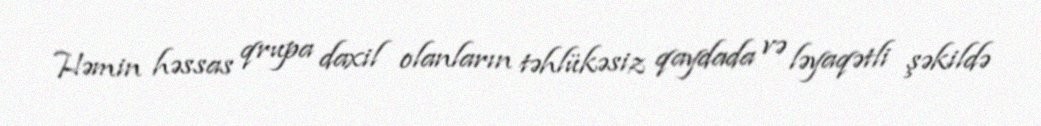
Həmin həssas qrupa daxil olanların təhlükəsiz qaydada və ləyaqətli şəkildə